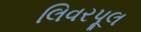
લિવરપૂલ